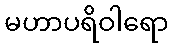
မဟာပရိဝါရော